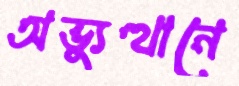
অভ্যুত্থানে